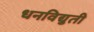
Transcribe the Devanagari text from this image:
धनविद्युती